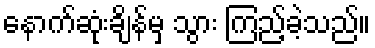
နောက်ဆုံးချိန်မှ သွား ကြည့်ခဲ့သည်။